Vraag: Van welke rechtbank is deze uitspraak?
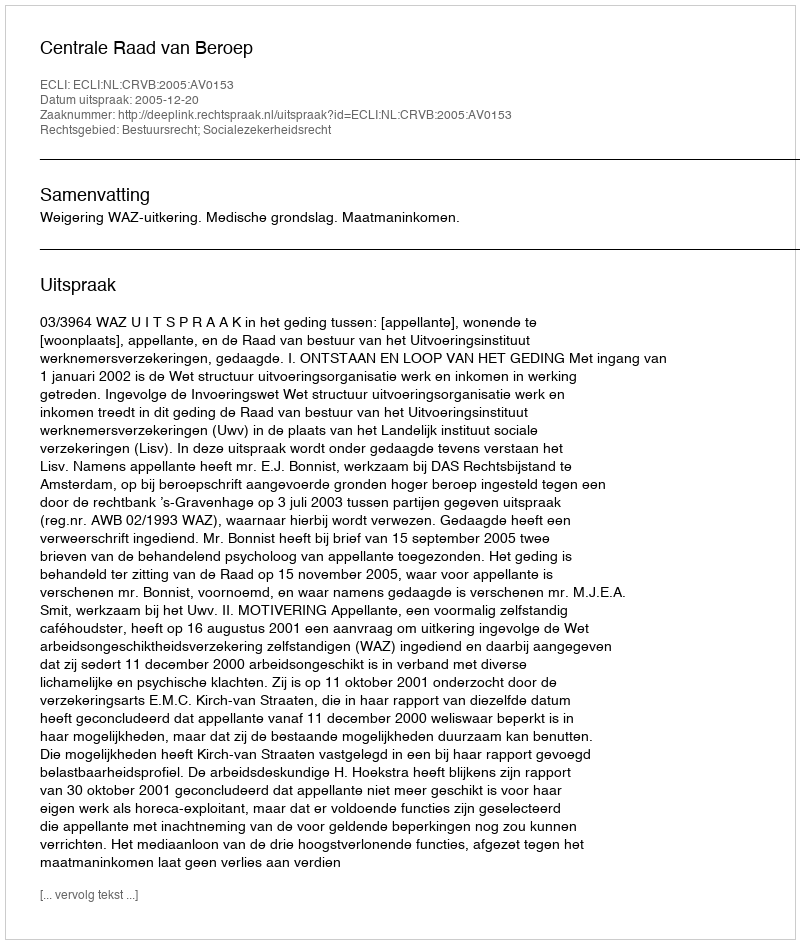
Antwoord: Centrale Raad van Beroep